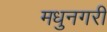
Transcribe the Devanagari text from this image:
मधुनगरी